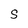
Character: S